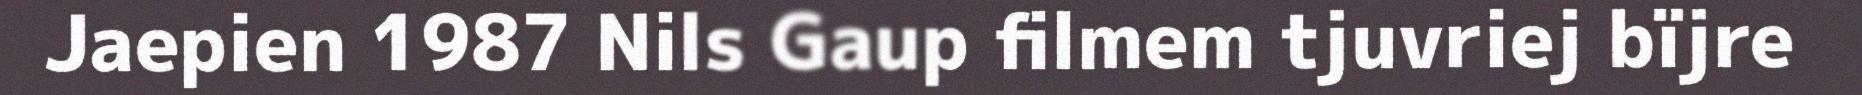
Jaepien 1987 Nils Gaup filmem tjuvriej bïjre